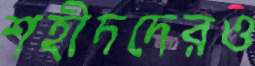
শহীদদেরও